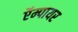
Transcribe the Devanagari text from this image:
ऍम्पायर